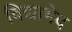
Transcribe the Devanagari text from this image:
विद्याभेद